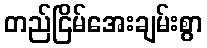
တည်ငြိမ်အေးချမ်းစွာ